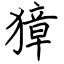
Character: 獐